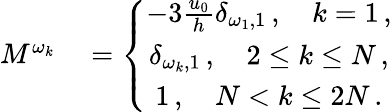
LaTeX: \begin{array}{rl}{M^{\omega_{k}}}&{{}=\left\{ \begin{array}{c}{-3\frac{u_{0}}{h}\delta_{\omega_{1},1}\, ,\quad k=1\, ,}\\ {\delta_{\omega_{k},1}\, ,\quad 2\le k\le N\, ,}\\ {1\, ,\quad N<k\le 2N\, .}\end{array}\right.}\end{array}